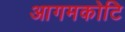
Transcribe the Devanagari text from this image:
आगमकोटि